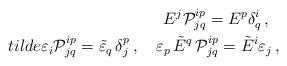
\begin{align*}E^j{\cal P}^{ip}_{jq}=E^p\delta ^i_q\,,\ \ \\tilde{\varepsilon}_i{\cal P}^{ip}_{jq}=\tilde{\varepsilon}_q\,\delta^p_j\,,\ \ \ \varepsilon _p\,\tilde{E}^q\,{\cal P}^{ip}_{jq}=\tilde{E}^i\varepsilon _j\,, \end{align*}